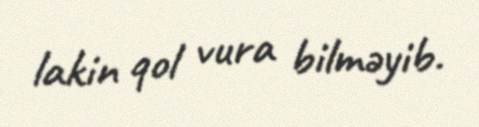
lakin qol vura bilməyib.